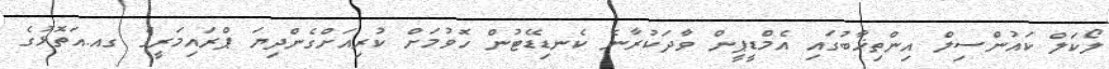
ލޯކަލް ކައުންސިލް އިންތިޚާބުގައި އެމްޑީޕީން ވާދަކުރާނެ ކެނޑިޑޭޓުން ހޮވުމަށް ކުރިއަށްގެންދިޔަ ޕްރައިމަރީގެ ގއ.އަތޮޅުގެ